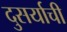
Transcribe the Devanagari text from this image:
दुसर्याची